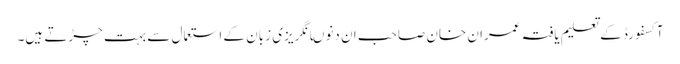
آکسفورڈ کے تعلیم یافتہ عمران خان صاحب ان دنوںانگریزی زبان کے استعمال سے بہت چڑتے ہیں۔